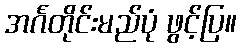
အင်္ဂတိုင်းမည်ပုံ ဖွင့်ပြ။